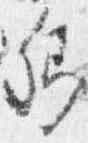
卿